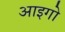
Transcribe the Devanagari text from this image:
आइगो